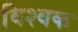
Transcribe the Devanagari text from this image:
विश्वक